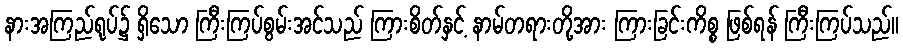
နားအကြည်ရုပ်၌ ရှိသော ကြီးကြပ်စွမ်းအင်သည် ကြားစိတ်နှင့် နာမ်တရားတို့အား ကြားခြင်းကိစ္စ ဖြစ်ရန် ကြီးကြပ်သည်။